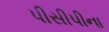
પીસીપીના